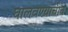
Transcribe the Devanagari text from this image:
घालवण्याचीच